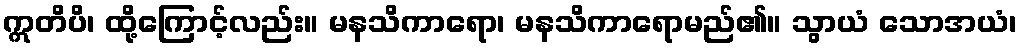
ဣတိပိ၊ ထို့ကြောင့်လည်း။ မနသိကာရော၊ မနသိကာရောမည်၏။ သွာယံ သောအယံ၊